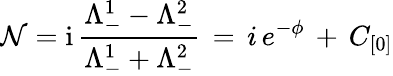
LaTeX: \mathcal{N}=\mathrm{i}\, \frac{\Lambda_{-}^{1}-\Lambda_{-}^{2}}{\Lambda_{-}^{1}+\Lambda_{-}^{2}}\, =\, i\, e^{-\phi}\, +\, C_{[0]}